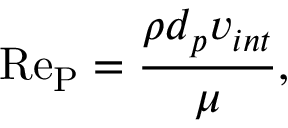
\mathrm { \mathrm { R e } _ { P } } = \frac { \rho d _ { p } v _ { i n t } } { \mu } ,